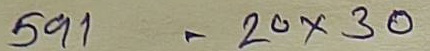
591 = 20 x 30